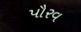
પૌરવ